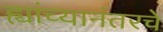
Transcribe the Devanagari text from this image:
ह्यांच्यानंतरचे